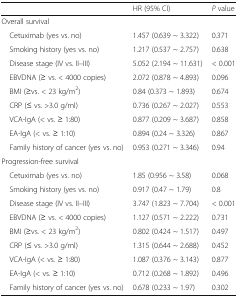
|  | HR (95% CI) | P value |
 | --- | --- | --- |
 | <COLSPAN=3> Overall survival |
 | Cetuximab (yes vs. no) | 1.457 (0.639 ~ 3.322) | 0.371 |
 | Smoking history (yes vs. no) | 1.217 (0.537 ~ 2.757) | 0.638 |
 | Disease stage (IV vs. II–III) | 5.052 (2.194 ~ 11.631) | < 0.001 |
 | EBVDNA (≥ vs. < 4000 copies) | 2.072 (0.878 ~ 4.893) | 0.096 |
 | BMI (≥vs. < 23 kg/m2) | 0.84 (0.373 ~ 1.893) | 0.674 |
 | CRP (≤ vs. >3.0 g/ml) | 0.736 (0.267 ~ 2.027) | 0.553 |
 | VCA-IgA (< vs. ≥ 1:80) | 0.877 (0.209 ~ 3.687) | 0.858 |
 | EA-IgA (< vs. ≥ 1:10) | 0.894 (0.24 ~ 3.326) | 0.867 |
 | Family history of cancer (yes vs. no) | 0.953 (0.271 ~ 3.346) | 0.94 |
 | <COLSPAN=3> Progression-free survival |
 | Cetuximab (yes vs. no) | 1.85 (0.956 ~ 3.58) | 0.068 |
 | Smoking history (yes vs. no) | 0.917 (0.47 ~ 1.79) | 0.8 |
 | Disease stage (IV vs. II–III) | 3.747 (1.823 ~ 7.704) | < 0.001 |
 | EBVDNA (≥ vs. < 4000 copies) | 1.127 (0.571 ~ 2.222) | 0.731 |
 | BMI (≥vs. < 23 kg/m2) | 0.802 (0.424 ~ 1.517) | 0.497 |
 | CRP (≤ vs. >3.0 g/ml) | 1.315 (0.644 ~ 2.688) | 0.452 |
 | VCA-IgA (< vs. ≥ 1:80) | 1.087 (0.376 ~ 3.143) | 0.877 |
 | EA-IgA (< vs. ≥ 1:10) | 0.712 (0.268 ~ 1.892) | 0.496 |
 | Family history of cancer (yes vs. no) | 0.678 (0.233 ~ 1.97) | 0.302 |